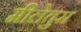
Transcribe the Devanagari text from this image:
मीलेतुस